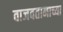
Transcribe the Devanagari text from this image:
वाजवतानाच्या